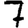
Digit: 7